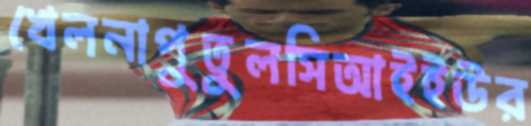
খেলনাপুতুলসিআইইউর